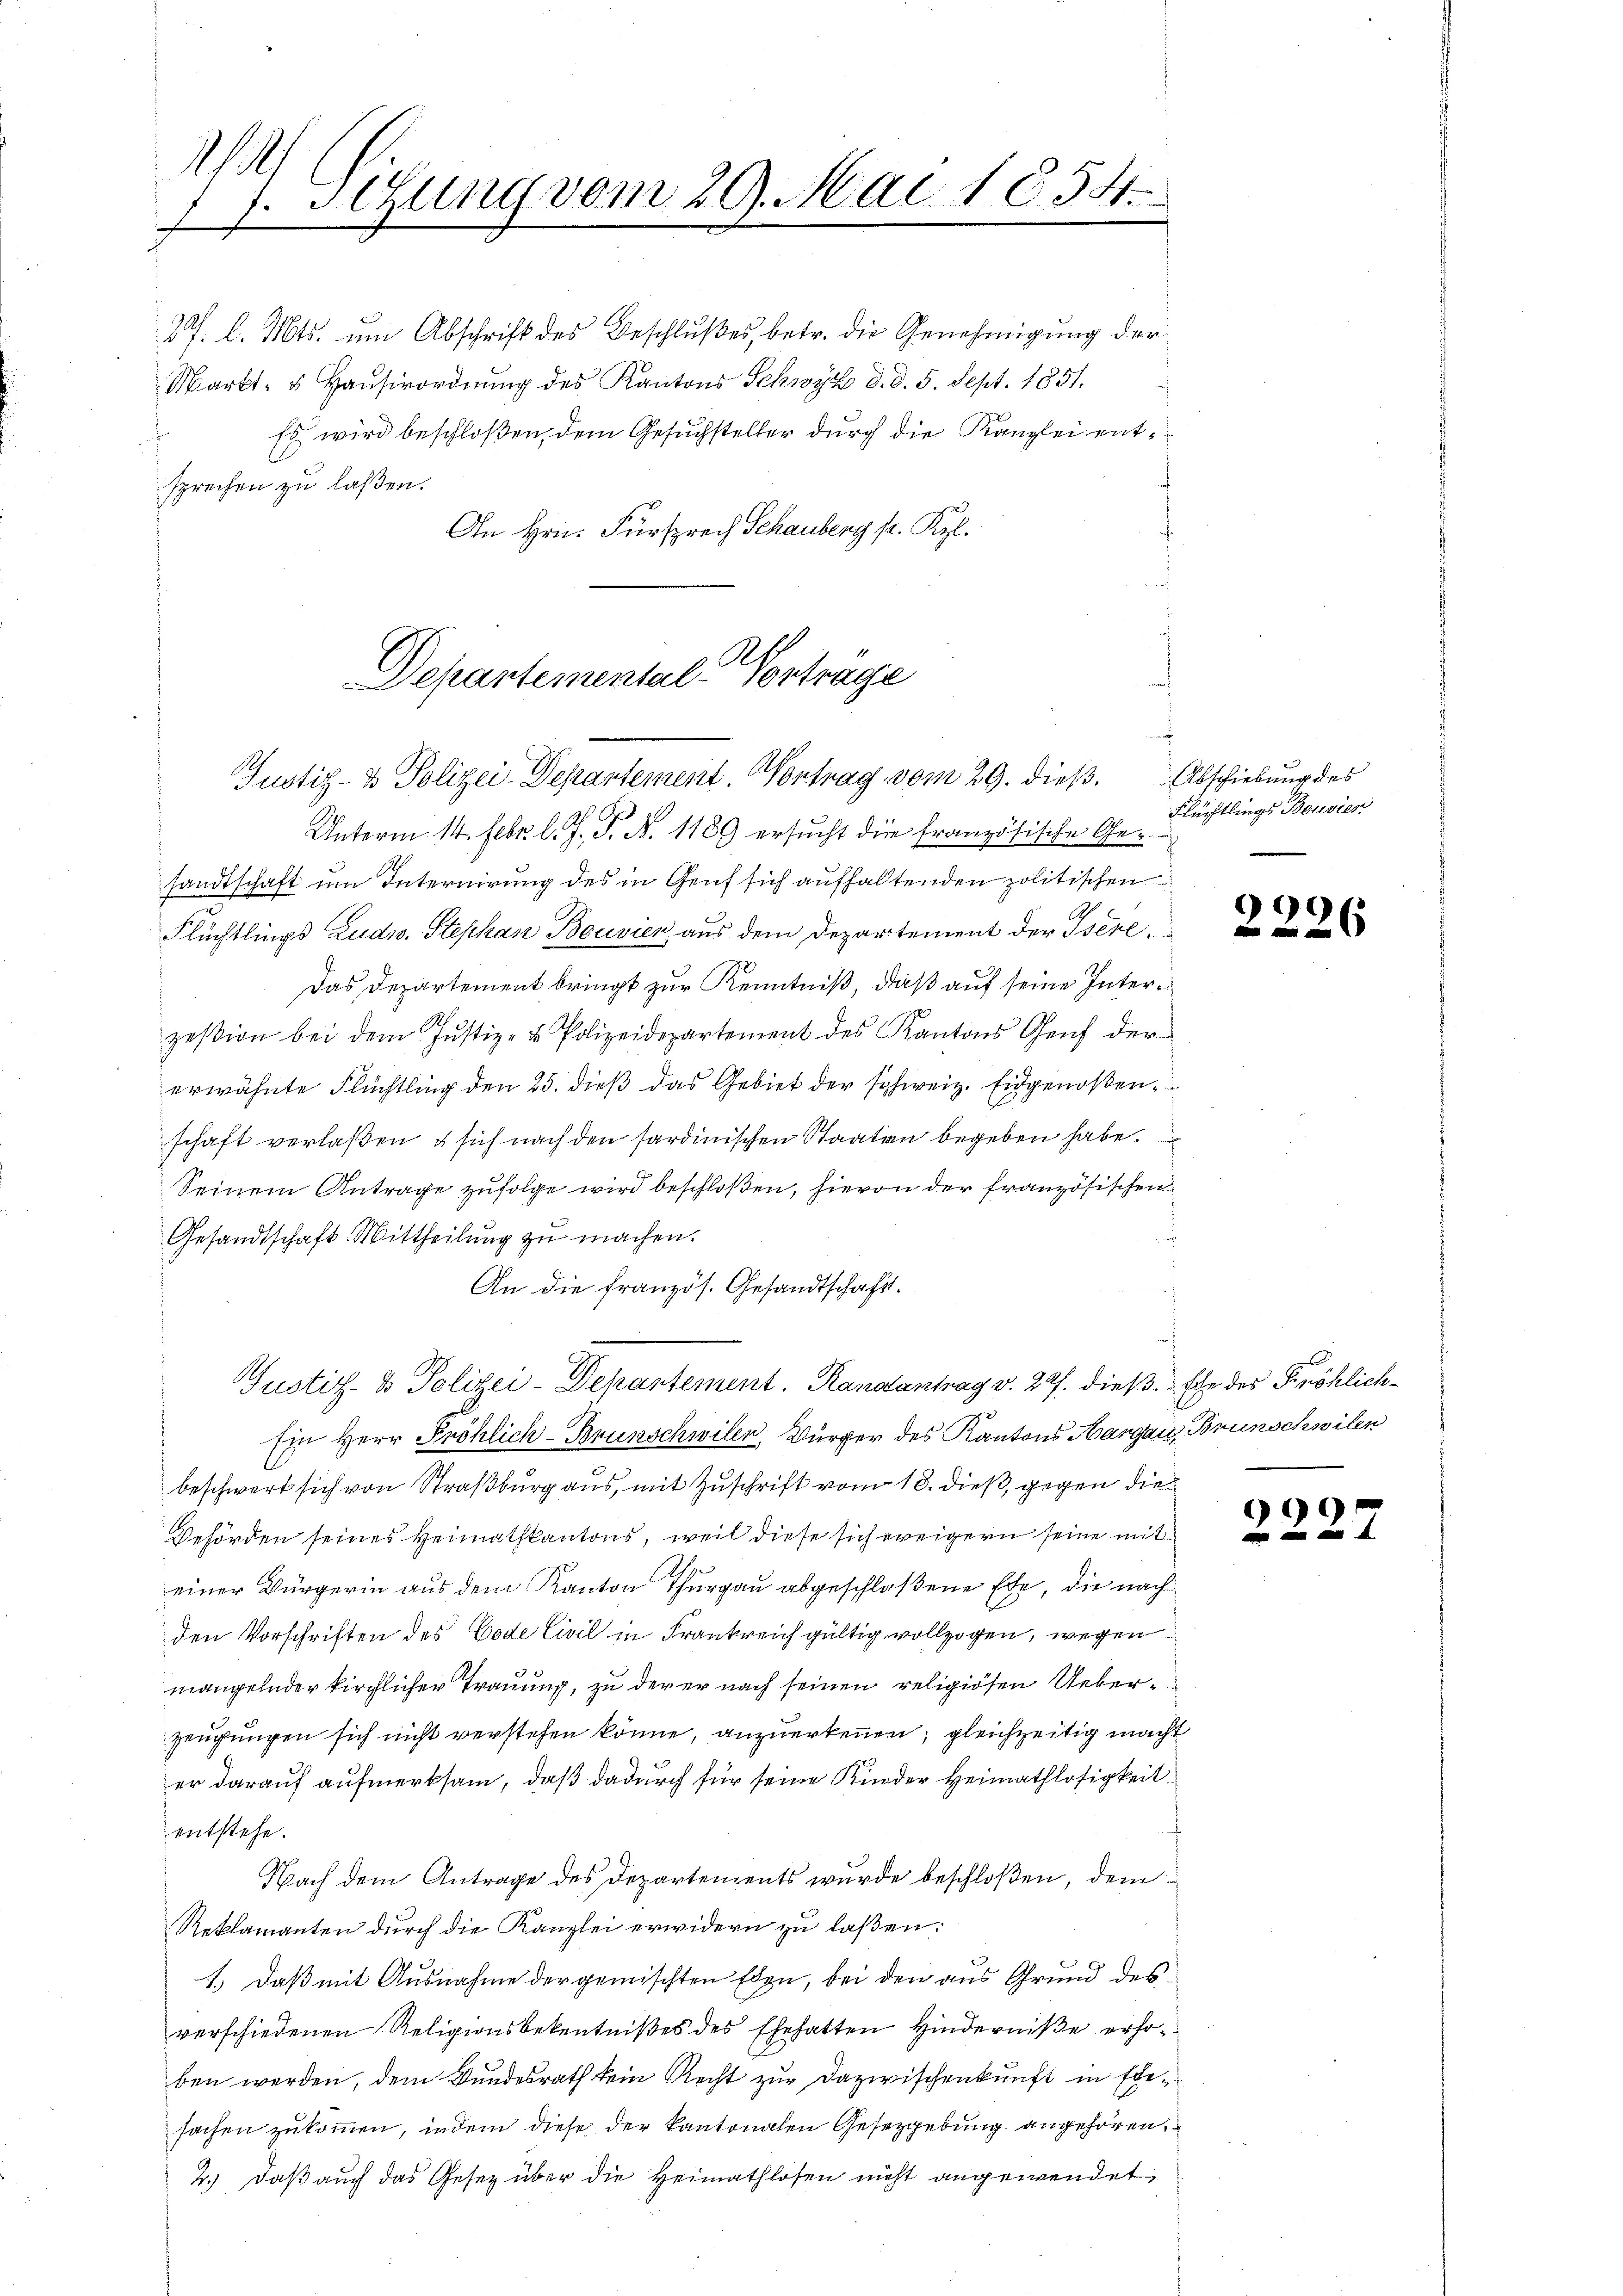
27. l. Mts. um Abschrift des Beschlußes, betr. die Genehmigung der
Markt- u. Hauserordnung des Kantons Schwyz d. d. 5. Sept. 1851.
Es wird beschloßen, dem Gesuchsteller durch die Kanzlei entsprechen zu laßen.
An Hrn. Fürsprech Schauberg p. Kyl.
Unterm 14. Febr. l. J. P. N. 1189 ersucht die französische Gesandtschaft um Internirung des in Genf sich aufhaltenden politischen
Flüchtlings Ludw. Stephan Bouvien aus dem Departement der Isere
Das Departement bringt zur Kenntniß, daß auf seine Interzession bei dem Justiz- & Polizeidepartement des Kantons Genf der
erwähnte Flüchtling den 25. dieß das Gebiet der schweiz. Eidgenoßenschaft verlaßen & sich nach den sardinischen Staaten begeben habe.
Seinem Antrage zufolge wird beschloßen, hievon der französischen
Gesandtschaft. Mittheilung zu machen.
An die französ. Gesandtschaft.
Justiz- & Polizei-Dekantement. Randantrag v. 22. dieß. Ehe des Fröhlich¬
Ein Herr Pröhlich-Brunschwiler Bürger des Kantons Aargau, Brunschwilen
beschwert sich von Straßburg aus, mit Zuschrift vom 18. dieß, gegen die
Behörden seines Heimathkantons, weil diese sich weigern seine mit
einer Bürgerin aus dem Kanton Thurgau abgeschloßene Ehe, die nach
den Vorschriften des Code Civil in Frankreich gültig vollzogen, wegen
mangelnder kirchlicher Trauung, zu der er nach seinen religiösen Ueberzeugungen sich nicht verstehen könne, anzuerkennen, gleichzeitig macht
er darauf aufmerksam, daß dadurch für seine Kinder Heimathlosigkeit
entstehe.
Nach dem Antrage des Departements wurde beschloßen, dem
Reklamanten durch die Kanzlei erwidern zu laßen:
1.) Daß mit Ausnahme der gemischten Eden, bei den aus Grund des
verschiedenen Religionsbekenntnißes des Ehehatten Hinderniße erhoben werden, dem Bundesrath kein Recht zur Dazwischenkunft in Ehesachen zukommen, indem diese der kantonalen Gesetzgebung angehören,
2.) Daß auch das Gesetz über die Heimathlosen nicht angewendet

M
1. Sitzung vom 29. Mai 1854.
F

Departemental-Vortrage
Justiz- & Polizei-Departement. Contrag vom 29. dieß.

Abschiebung des
Flüchtlings Bouvier
.

2226

2227